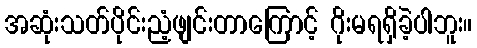
အဆုံးသတ်ပိုင်းညံ့ဖျင်းတာကြောင့် ဂိုးမရရှိခဲ့ပါဘူး။